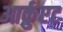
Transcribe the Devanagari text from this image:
आर्क़ुएट